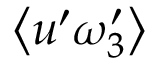
\left\langle u ^ { \prime } \omega _ { 3 } ^ { \prime } \right\rangle